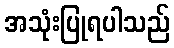
အသုံးပြုရပါသည်